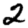
Digit: 2